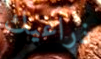
ذراعيك